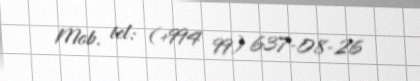
Mob. tel: (+994 99) 637-08-26